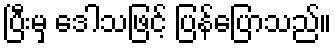
ပြီးမှ ဒေါသဖြင့် ပြန်ပြောသည်။